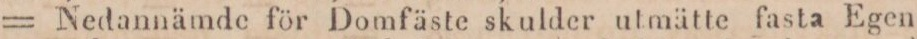
= Nedannämde för Domfäste skulder utmätte fasta Egen